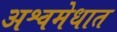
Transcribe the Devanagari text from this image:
अश्वमेधात